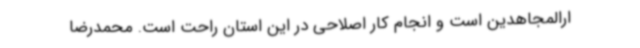
ارالمجاهدین است و انجام کار اصلاحی در این استان راحت است. محمدرضا